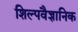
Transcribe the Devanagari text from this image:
शिल्पवैज्ञानिक